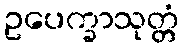
ဥပေက္ခာသုတ္တံ